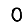
Digit: 0